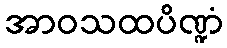
အာဝသထပိဏ္ဍံ